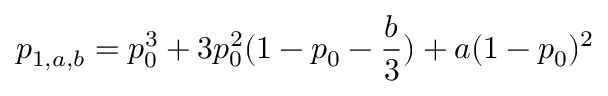
p _ { 1 , a , b } = p _ { 0 } ^ { 3 } + 3 p _ { 0 } ^ { 2 } ( 1 - p _ { 0 } - \frac { b } { 3 } ) + a ( 1 - p _ { 0 } ) ^ { 2 }